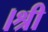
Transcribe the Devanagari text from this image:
।श्री